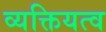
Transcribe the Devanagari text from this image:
व्यक्तियत्व